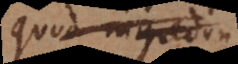
quod ingrediu